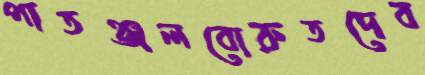
পাতঞ্জলবোরুতদেব